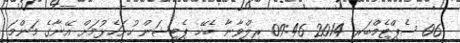
06 ސެޕްޓެމްބަރ 2014 09:46 ރިލްވާނާ ބެހޭ ޕެޓިޝަން ހުށަހެޅުމަށް އޭނާގެ މަންމަ